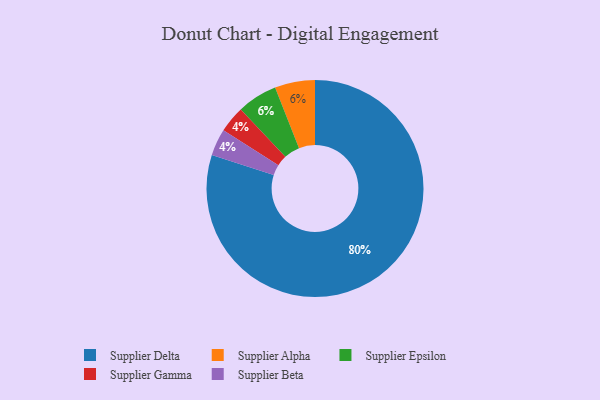
{"axis": {"x": "Category", "y": "Percentage"}, "legend": ["Supplier Alpha", "Supplier Beta", "Supplier Delta", "Supplier Epsilon", "Supplier Gamma"], "data": [{"x": "Supplier Gamma", "y": 4, "type": "Supplier Gamma"}, {"x": "Supplier Beta", "y": 4, "type": "Supplier Beta"}, {"x": "Supplier Alpha", "y": 6, "type": "Supplier Alpha"}, {"x": "Supplier Epsilon", "y": 6, "type": "Supplier Epsilon"}, {"x": "Supplier Delta", "y": 80, "type": "Supplier Delta"}]}